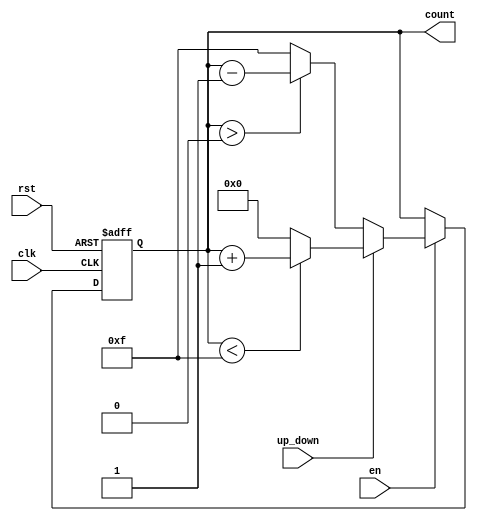
module up_down_counter (
    input wire clk,          // Clock signal
    input wire rst,          // Asynchronous reset
    input wire en,           // Enable signal
    input wire up_down,      // Up/Down control signal
    output reg [n-1:0] count // n-bit output count
);
    parameter n = 4; // Define the bit-width of the counter (can be changed as needed)

    // Asynchronous reset and counting logic
    always @(posedge clk or posedge rst) begin
        if (rst) begin
            count <= 0; // Reset the counter to 0
        end else if (en) begin
            if (up_down) begin
                // Count up
                if (count < (2**n - 1)) begin
                    count <= count + 1; // Increment count
                end else begin
                    count <= 0; // Wrap around to 0
                end
            end else begin
                // Count down
                if (count > 0) begin
                    count <= count - 1; // Decrement count
                end else begin
                    count <= (2**n - 1); // Wrap around to max value
                end
            end
        end
    end
endmodule